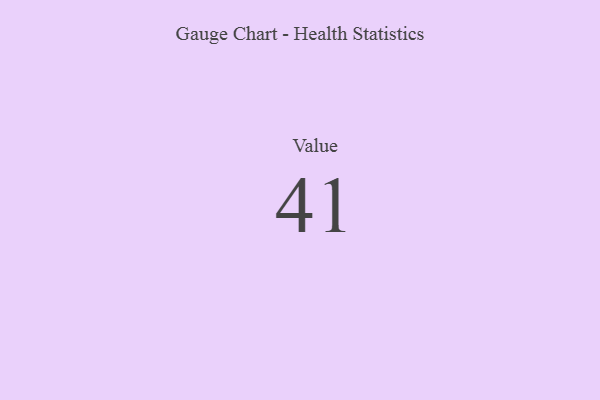
{"axis": {"x": "Metric", "y": "Value"}, "legend": [""], "data": [{"x": "Value", "y": 41, "type": ""}]}